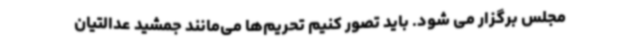
مجلس برگزار می شود. باید تصور کنیم تحریم‌ها می‌مانند جمشید عدالتیان